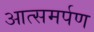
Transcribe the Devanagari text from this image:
आत्समर्पण